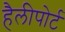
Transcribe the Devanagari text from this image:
हैलीपोर्ट